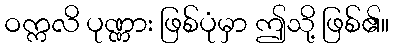
ဝက္ကလိ ပုဏ္ဏား ဖြစ်ပုံမှာ ဤသို့ ဖြစ်၏။